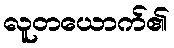
လူတယောက်၏